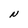
Character: N